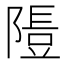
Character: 𨻯